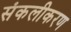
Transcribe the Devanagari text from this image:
संकलीकरण